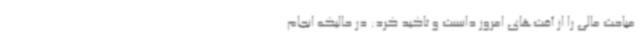
مباحث مالی را از آفت‌های امروز دانست و تاکید کرد: در حالیکه انجام